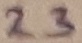
Text: 23